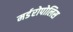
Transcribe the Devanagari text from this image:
मर्डरोपोलिस